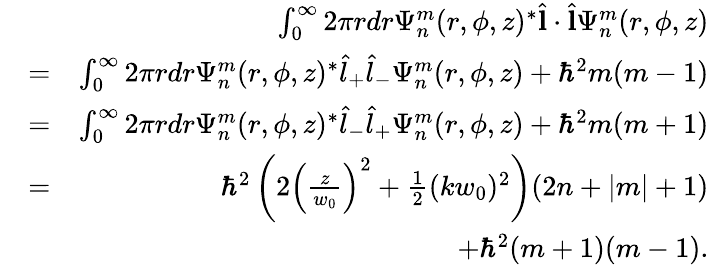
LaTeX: \begin{array}{rlr}&{}&{\int_{0}^{\infty}2\pi rdr\Psi_{n}^{m}(r,\phi,z)^{*}\hat{\mathbf l}\cdot\hat{\mathbf l}\Psi_{n}^{m}(r,\phi,z)}\\ &{=}&{\int_{0}^{\infty}2\pi rdr\Psi_{n}^{m}(r,\phi,z)^{*}\hat{l}_{+}\hat{l}_{-}\Psi_{n}^{m}(r,\phi,z)+\hbar^{2}m(m-1)}\\ &{=}&{\int_{0}^{\infty}2\pi rdr\Psi_{n}^{m}(r,\phi,z)^{*}\hat{l}_{-}\hat{l}_{+}\Psi_{n}^{m}(r,\phi,z)+\hbar^{2}m(m+1)}\\ &{=}&{\hbar^{2}\left(2\left(\frac{z}{w_{0}}\right)^{2}+\frac{1}{2}(kw_{0})^{2}\right)(2n+|m|+1)}\\ &{}&{+\hbar^{2}(m+1)(m-1).}\end{array}